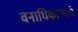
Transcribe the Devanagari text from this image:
वनाधिकार्‍याचे